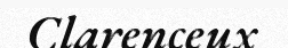
Clarenceux